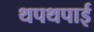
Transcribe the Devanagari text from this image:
थपथपाई